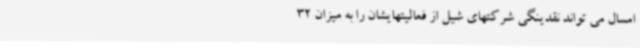
امسال می تواند نقدینگی شرکتهای شیل از فعالیتهایشان را به میزان 32